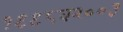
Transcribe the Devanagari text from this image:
१९९८व२००३